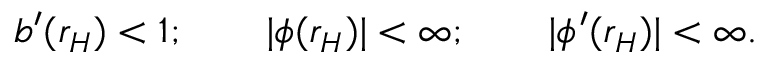
b ^ { \prime } ( r _ { H } ) < 1 ; \qquad | \phi ( r _ { H } ) | < \infty ; \qquad | \phi ^ { \prime } ( r _ { H } ) | < \infty .